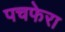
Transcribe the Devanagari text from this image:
पचफेरा